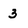
Character: 3